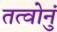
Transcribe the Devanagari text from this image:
तत्वोनुं